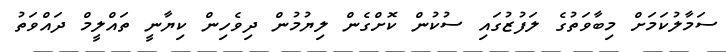
ސަމާލުކަމަށް މިބާވަތުގެ ލަފުޒުގައި ސުކުން ކޮށްގެން ލިޔުމުން ދިވެހިން ކިޔާނީ ތައްލީމް ދައްވަތު